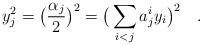
LaTeX: \begin{align*} y_j^2 =\big( \frac{\alpha_j}{2} \big)^2 = \big(\sum_{i<j}a^i_jy_i\big)^2\quad.\end{align*}